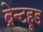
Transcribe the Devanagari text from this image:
ब्रेन्टहूड